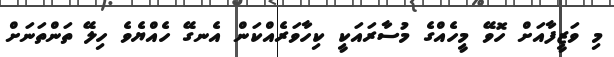
މި ވަޒީފާއަށް ހޮވޭ މީހެއްގެ މުސާރައަކީ ކިހާވަރެއްކަން އެނގޭ ހެއްޔެވެ ހިލޭ ތަންތަނަށް